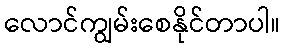
လောင်ကျွမ်းစေနိုင်တာပါ။